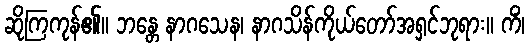
ဆိုကြကုန်၏။ ဘန္တေ နာဂသေန၊ နာဂသိန်ကိုယ်တော်အရှင်ဘုရား။ ကိံ၊